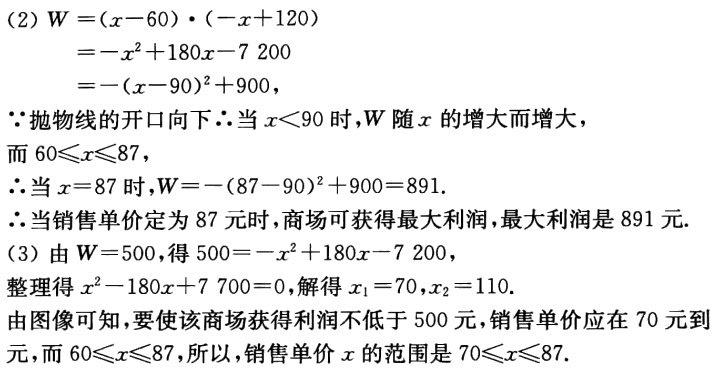
(2) \(W=(x - 60)\cdot(-x + 120)\)
\(=-x^{2}+180x - 7200\)
\(=-(x - 90)^{2}+900\)，
\(\because\)抛物线的开口向下\(\therefore\)当\(x<90\)时，\(W\)随\(x\)的增大而增大，
而\(60\leqslant x\leqslant87\)，
\(\therefore\)当\(x = 87\)时，\(W=-(87 - 90)^{2}+900 = 891\).
\(\therefore\)当销售单价定为\(87\)元时，商场可获得最大利润，最大利润是\(891\)元.
(3) 由\(W = 500\)，得\(500=-x^{2}+180x - 7200\)，
整理得\(x^{2}-180x + 7700 = 0\)，解得\(x_{1}=70\)，\(x_{2}=110\).
由图像可知，要使该商场获得利润不低于\(500\)元，销售单价应在\(70\)元到  元，而\(60\leqslant x\leqslant87\)，所以，销售单价\(x\)的范围是\(70\leqslant x\leqslant87\).